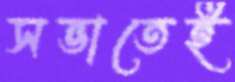
সভাতেই